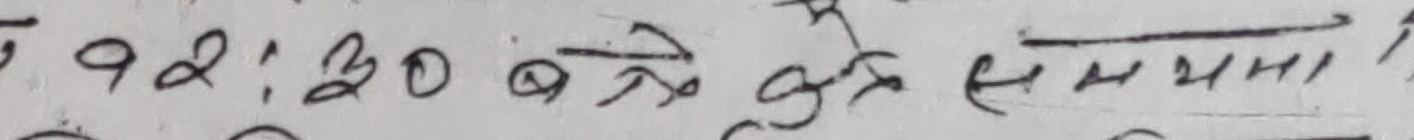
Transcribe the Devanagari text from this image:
९२:२० बजे को समय ?